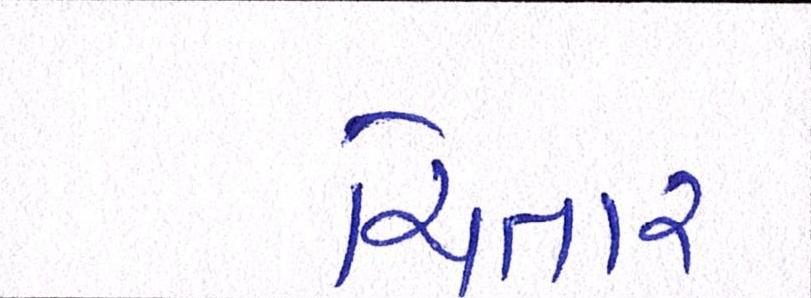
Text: ચિતાર